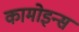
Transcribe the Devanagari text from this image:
कामोइन्स